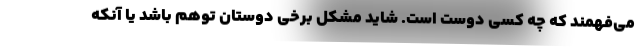
می‌فهمند که چه کسی دوست است. شاید مشکل برخی دوستان توهم باشد یا آنکه